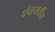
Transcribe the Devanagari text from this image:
पंचायतींचा